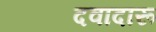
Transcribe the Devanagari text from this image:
दवादारू